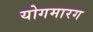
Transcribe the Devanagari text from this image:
योगमारग